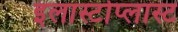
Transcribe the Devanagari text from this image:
इलास्टोप्लास्ट